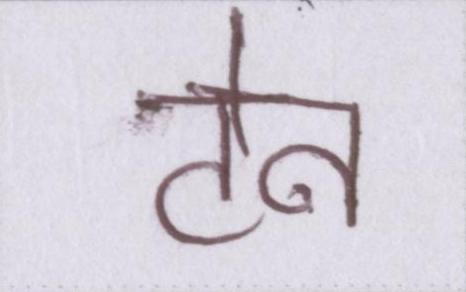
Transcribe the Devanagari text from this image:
टेन